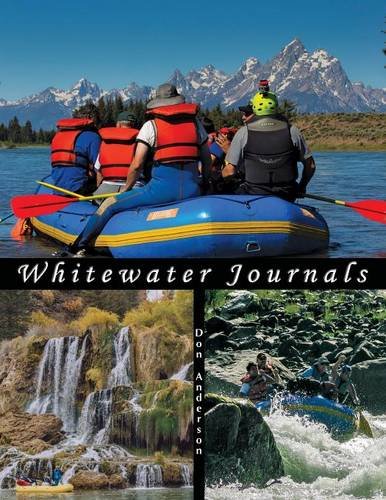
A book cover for Whitewater Journals: Rafting Rivers of the Western U.S.; Don Anderson; Sports & Outdoors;